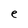
Character: e